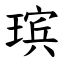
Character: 瑸